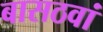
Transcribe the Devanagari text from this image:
बासठवां